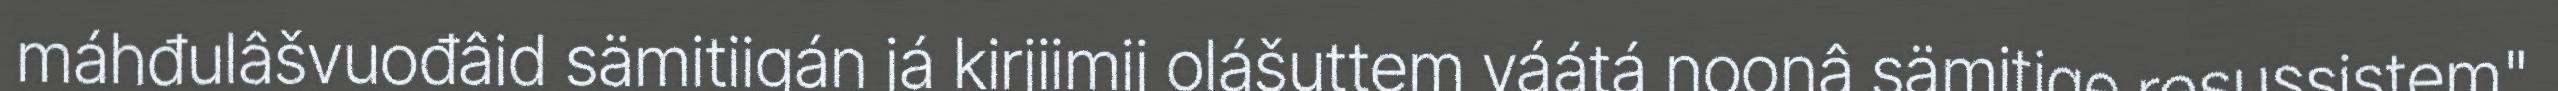
máhđulâšvuođâid sämitiigán já kirjiimij olášuttem váátá noonâ sämitige resussistem"